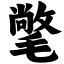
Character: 氅